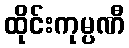
ထိုင်းကုမ္ပဏီ